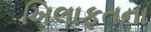
ખિલાફતના